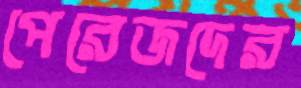
পেরেজদের